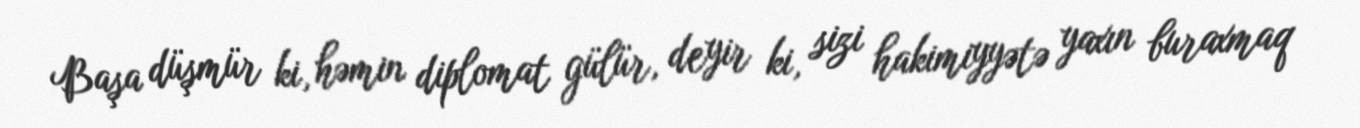
Başa düşmür ki, həmin diplomat gülür, deyir ki, sizi hakimiyyətə yaxın buraxmaq